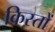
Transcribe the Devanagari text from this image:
किस्‍तों